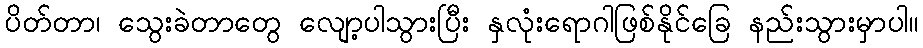
ပိတ်တာ၊ သွေးခဲတာတွေ လျော့ပါသွားပြီး နှလုံးရောဂါဖြစ်နိုင်ခြေ နည်းသွားမှာပါ။